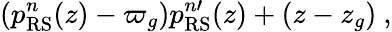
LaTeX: (p_{\mathrm{RS}}^{n}(z)-\varpi_{g})p_{\mathrm{RS}}^{n\prime}(z)+(z-z_{g})\ ,